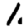
Digit: 1